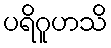
ပရိဂူဟသိ